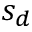
s _ { d }